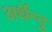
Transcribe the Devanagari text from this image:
अर्धेन्दु